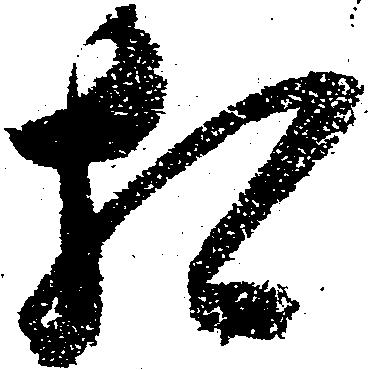
相